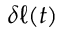
\delta \ell ( t )